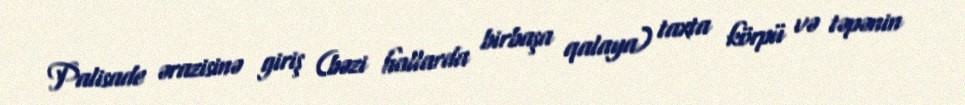
Palisade ərazisinə giriş (bəzi hallarda birbaşa qalaya) taxta körpü və təpənin